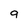
Character: q